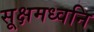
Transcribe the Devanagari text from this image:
सूक्षमध्वनि